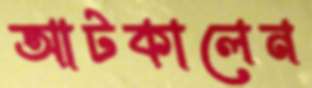
আটকালেন